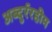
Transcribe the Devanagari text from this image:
अब्दुर्ररहीम